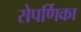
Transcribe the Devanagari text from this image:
सेपर्णिका